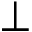
\bot